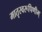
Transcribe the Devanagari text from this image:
मातृस्वरूपिणीम्